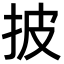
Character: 披